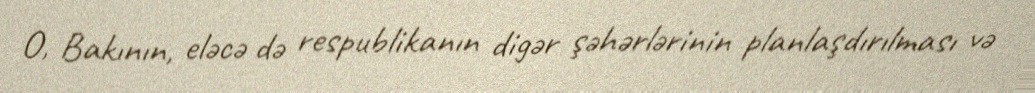
O, Bakının, eləcə də respublikanın digər şəhərlərinin planlaşdırılması və